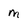
Character: m